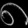
Digit: ၈